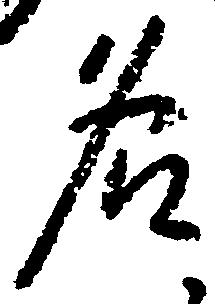
名